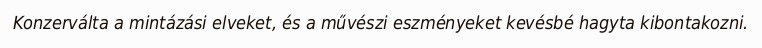
Konzerválta a mintázási elveket, és a művészi eszményeket kevésbé hagyta kibontakozni.